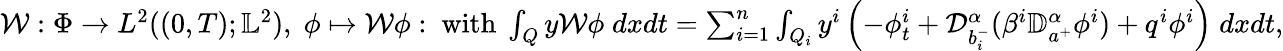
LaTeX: \begin{array}{r}{\mathcal W:\Phi\to L^{2}((0,T);\mathbb{L}^{2}),\; \phi\mapsto\mathcal W\phi:\mathrm{~with~}\int_{Q}y\mathcal W\phi\; dxdt=\sum_{i=1}^{n}\int_{Q_{i}}y^{i}\left(-\phi_{t}^{i}+\mathcal{D}_{b_{i}^{-}}^{\alpha}(\beta^{i}\mathbb{D}_{a^{+}}^{\alpha}\phi^{i})+q^{i}\phi^{i}\right)\; dxdt,}\end{array}